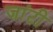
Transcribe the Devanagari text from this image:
जांटी